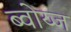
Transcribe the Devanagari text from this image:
ब्वोय्ज